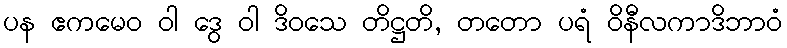
ပန ဧကမေဝ ဝါ ဒွေ ဝါ ဒိဝသေ တိဋ္ဌတိ, တတော ပရံ ဝိနီလကာဒိဘာဝံ